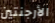
الأرجنتين